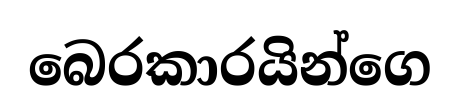
බෙරකාරයින්ගෙ